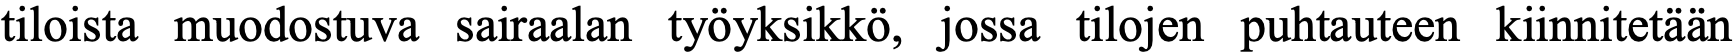
tiloista muodostuva sairaalan työyksikkö, jossa tilojen puhtauteen kiinnitetään